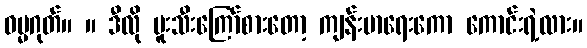
ဓမ္မဂုတ်။ ။ ဒီလို ဗူးသီးကြော်စားတော့ ကျန်းမာရေးကော ကောင်းရဲ့လား။